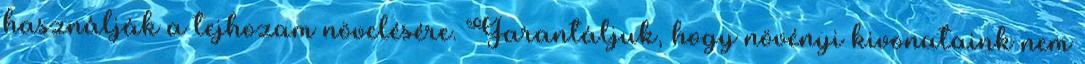
használják a tejhozam növelésére. Garantáljuk, hogy növényi kivonataink nem